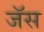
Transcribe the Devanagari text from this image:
जॅस